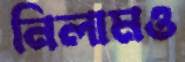
নিলামও